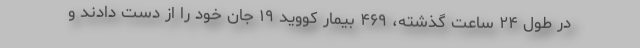
در طول ۲۴ ساعت گذشته، ۴۶۹ بیمار کووید ۱۹ جان خود را از دست دادند و